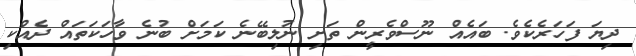
ދިޔަ ފަހަރެކެވެ. ބައެއް ނޫސްވެރީން ތަށި ނުލިބޭނެ ކަމަށް ބުނެ ވާހަކަތައް ދެއްކި